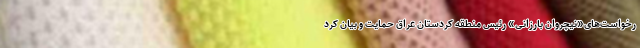
رخواست‌های«نیچروان بارزانی» رئیس منطقه کردستان عراق حمایت و بیان کرد